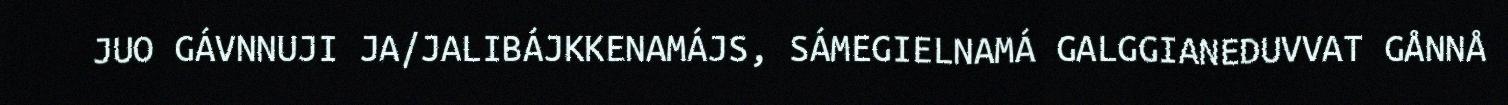
JUO GÁVNNUJI JA/JALIBÁJKKENAMÁJS, SÁMEGIELNAMÁ GALGGIANEDUVVAT GÅNNÅ